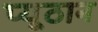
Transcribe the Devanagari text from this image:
प्यूठान